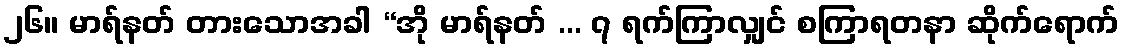
၂၆။ မာရ်နတ် တားသောအခါ “အို မာရ်နတ် ... ၇ ရက်ကြာလျှင် စကြာရတနာ ဆိုက်ရောက်